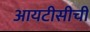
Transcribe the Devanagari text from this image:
आयटीसीची